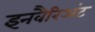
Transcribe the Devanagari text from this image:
इनवैरिअंट